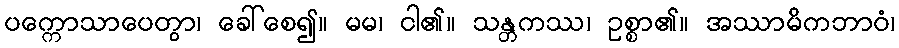
ပက္ကောသာပေတွာ၊ ခေါ်စေ၍။ မမ၊ ငါ၏။ သန္တကဿ၊ ဥစ္စာ၏။ အဿာမိကဘာဝံ၊